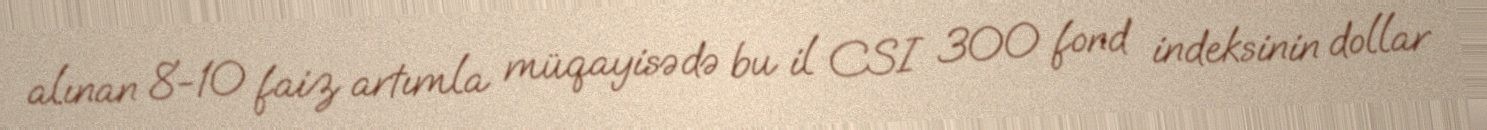
alınan 8-10 faiz artımla müqayisədə bu il CSI 300 fond indeksinin dollar